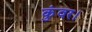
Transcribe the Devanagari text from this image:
कुंवर।